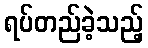
ရပ်တည်ခဲ့သည့်